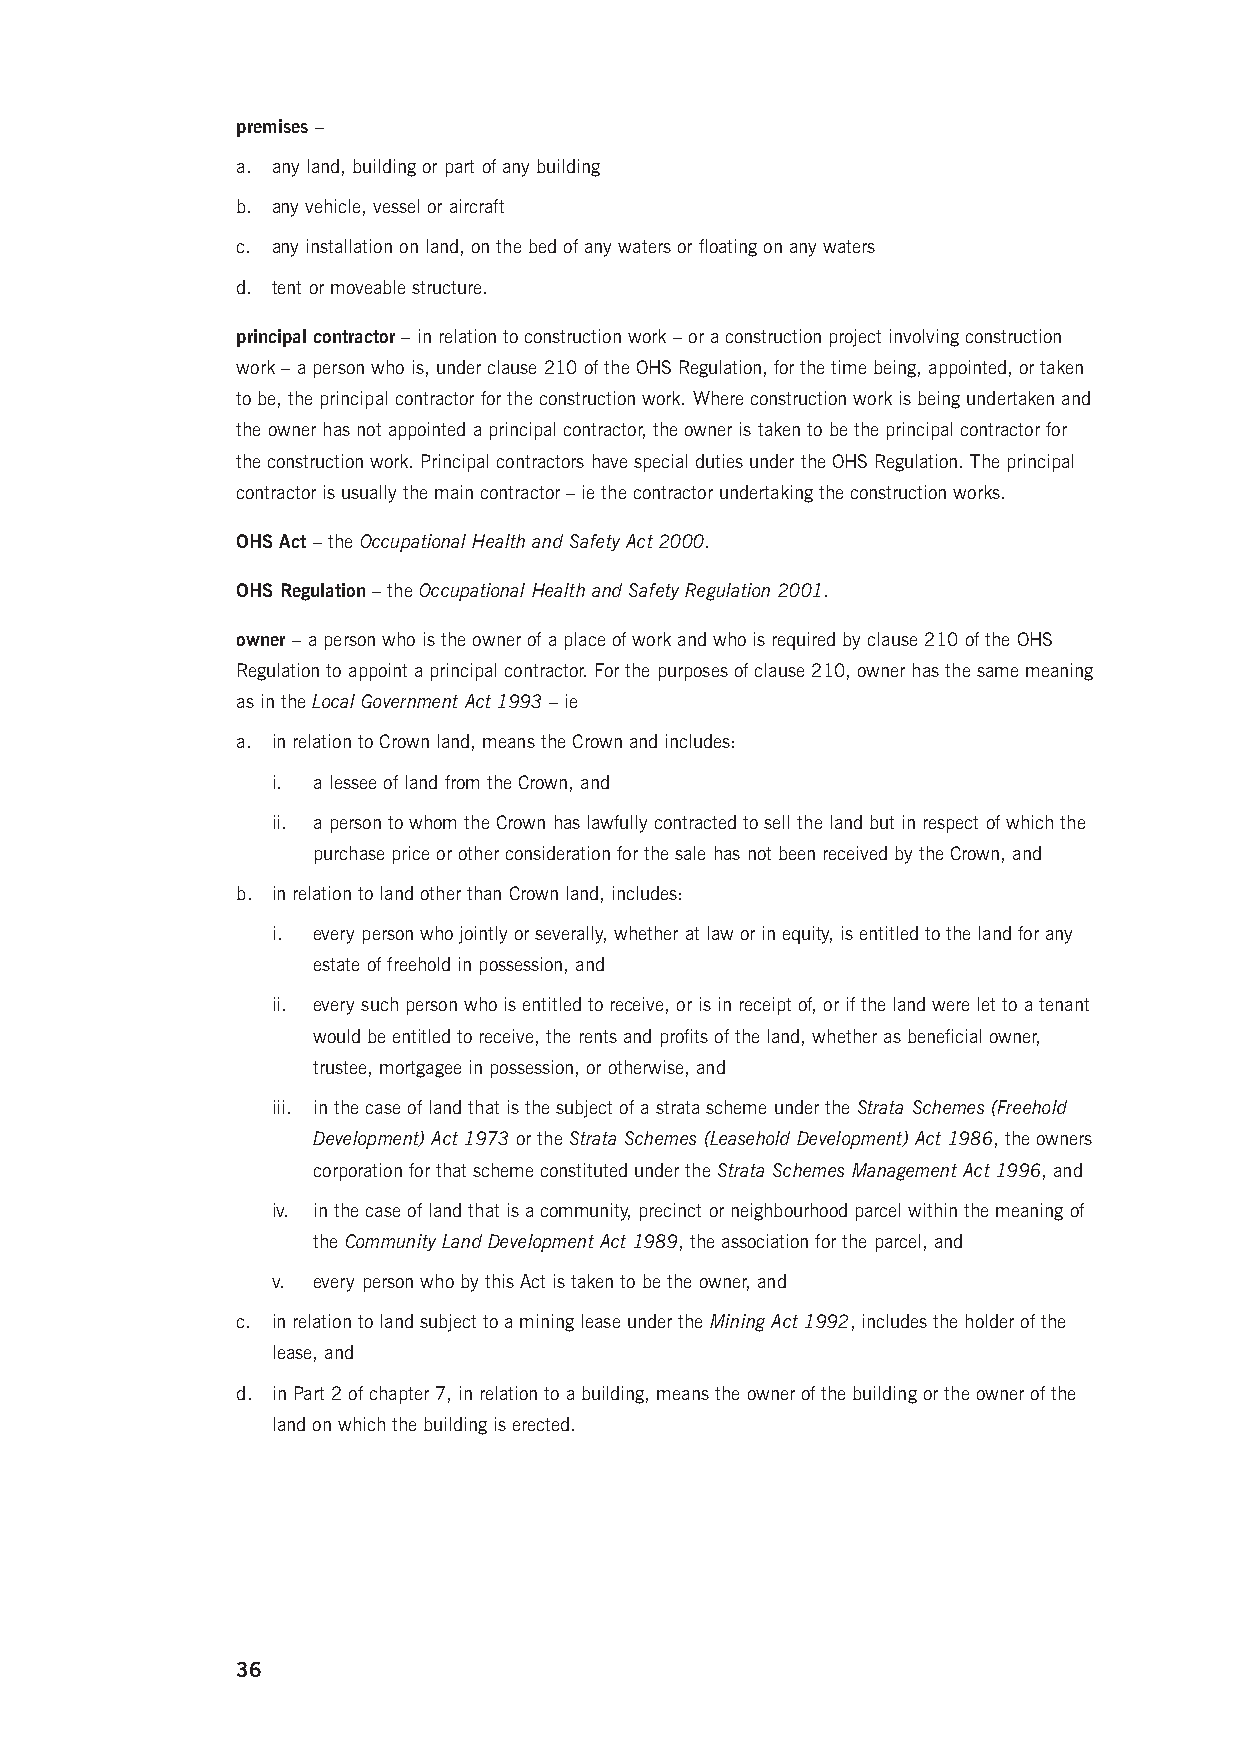
premises –
 a. any land, building or part of any building
 b. any vehicle, vessel or aircraft
 c. any installation on land, on the bed of any waters or floating on any waters
 d. tent or moveable structure.
 principal contractor – in relation to construction work – or a construction project involving construction
 work – a person who is, under clause 210 of the OHS Regulation, for the time being, appointed, or taken
 to be, the principal contractor for the construction work. Where construction work is being undertaken and
 the owner has not appointed a principal contractor, the owner is taken to be the principal contractor for
 the construction work. Principal contractors have special duties under the OHS Regulation. The principal
 contractor is usually the main contractor – ie the contractor undertaking the construction works.
 OHS Act – the Occupational Health and Safety Act 2000.
 OHS Regulation – the Occupational Health and Safety Regulation 2001.
 owner – a person who is the owner of a place of work and who is required by clause 210 of the OHS
 Regulation to appoint a principal contractor. For the purposes of clause 210, owner has the same meaning
 as in the Local Government Act 1993 – ie
 a. in relation to Crown land, means the Crown and includes:
 i. a lessee of land from the Crown, and
 ii. a person to whom the Crown has lawfully contracted to sell the land but in respect of which the
 purchase price or other consideration for the sale has not been received by the Crown, and
 b. in relation to land other than Crown land, includes:
 i. every person who jointly or severally, whether at law or in equity, is entitled to the land for any
 estate of freehold in possession, and
 ii. every such person who is entitled to receive, or is in receipt of, or if the land were let to a tenant
 would be entitled to receive, the rents and profits of the land, whether as beneficial owner,
 trustee, mortgagee in possession, or otherwise, and
 iii. in the case of land that is the subject of a strata scheme under the Strata Schemes (Freehold
 Development) Act 1973 or the Strata Schemes (Leasehold Development) Act 1986, the owners
 corporation for that scheme constituted under the Strata Schemes Management Act 1996, and
 iv. in the case of land that is a community, precinct or neighbourhood parcel within the meaning of
 the Community Land Development Act 1989, the association for the parcel, and
 v. every person who by this Act is taken to be the owner, and
 c. in relation to land subject to a mining lease under the Mining Act 1992, includes the holder of the
 lease, and
 d. in Part 2 of chapter 7, in relation to a building, means the owner of the building or the owner of the
 land on which the building is erected.
 36